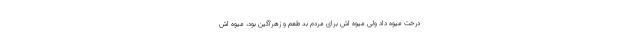
درخت میوه داد ولی میوه اش برای مردم بد طعم و زهرآگین بود، میوه اش